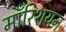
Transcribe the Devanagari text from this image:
मॉरिशयन